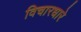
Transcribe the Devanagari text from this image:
विचारधारे